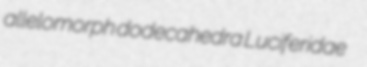
allelomorph dodecahedra Luciferidae